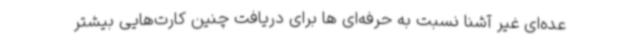
عده‌ای غیر آشنا نسبت به حرفه‌ای ها برای دریافت چنین کارت‌هایی بیشتر